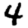
Digit: 4